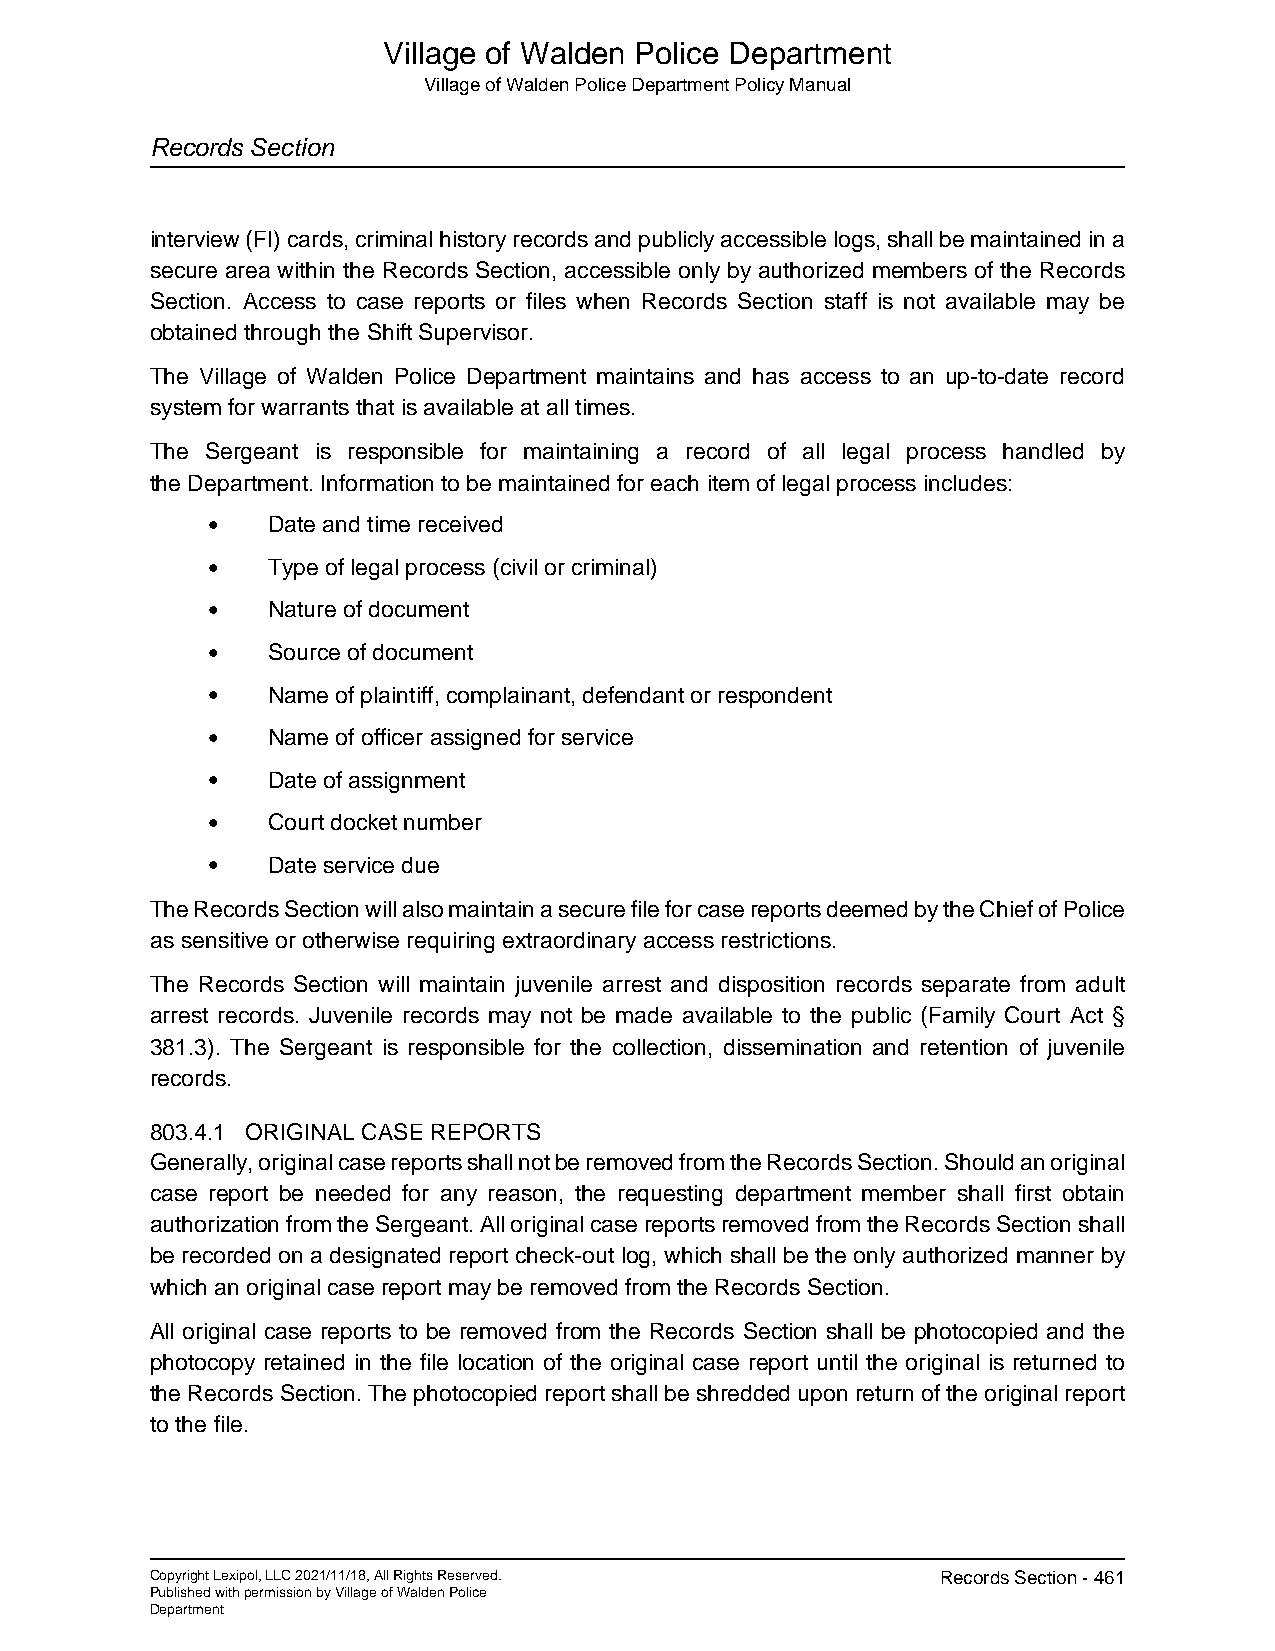
Village of Walden Police Department
 Village of Walden Police Department Policy Manual
 Records Section
 interview (FI) cards, criminal history records and publicly accessible logs, shall be maintained in a
 secure area within the Records Section, accessible only by authorized members of the Records
 Section. Access to case reports or files when Records Section staff is not available may be
 obtained through the Shift Supervisor.
 The Village of Walden Police Department maintains and has access to an up-to-date record
 system for warrants that is available at all times.
 The Sergeant is responsible for maintaining a record of all legal process handled by
 the Department. Information to be maintained for each item of legal process includes:
 •   Date and time received
 •   Type of legal process (civil or criminal)
 •   Nature of document
 •   Source of document
 •   Name of plaintiff, complainant, defendant or respondent
 •   Name of officer assigned for service
 •   Date of assignment
 •   Court docket number
 •   Date service due
 The Records Section will also maintain a secure file for case reports deemed by the Chief of Police
 as sensitive or otherwise requiring extraordinary access restrictions.
 The Records Section will maintain juvenile arrest and disposition records separate from adult
 arrest records. Juvenile records may not be made available to the public (Family Court Act §
 381.3). The Sergeant is responsible for the collection, dissemination and retention of juvenile
 records.
 803.4.1 ORIGINAL CASE REPORTS
 Generally, original case reports shall not be removed from the Records Section. Should an original
 case report be needed for any reason, the requesting department member shall first obtain
 authorization from the Sergeant. All original case reports removed from the Records Section shall
 be recorded on a designated report check-out log, which shall be the only authorized manner by
 which an original case report may be removed from the Records Section.
 All original case reports to be removed from the Records Section shall be photocopied and the
 photocopy retained in the file location of the original case report until the original is returned to
 the Records Section. The photocopied report shall be shredded upon return of the original report
 to the file.
 Copyright Lexipol, LLC 2021/11/18, All Rights Reserved. Records Section - 461
 Published with permission by Village of Walden Police
 Department